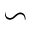
\backsim